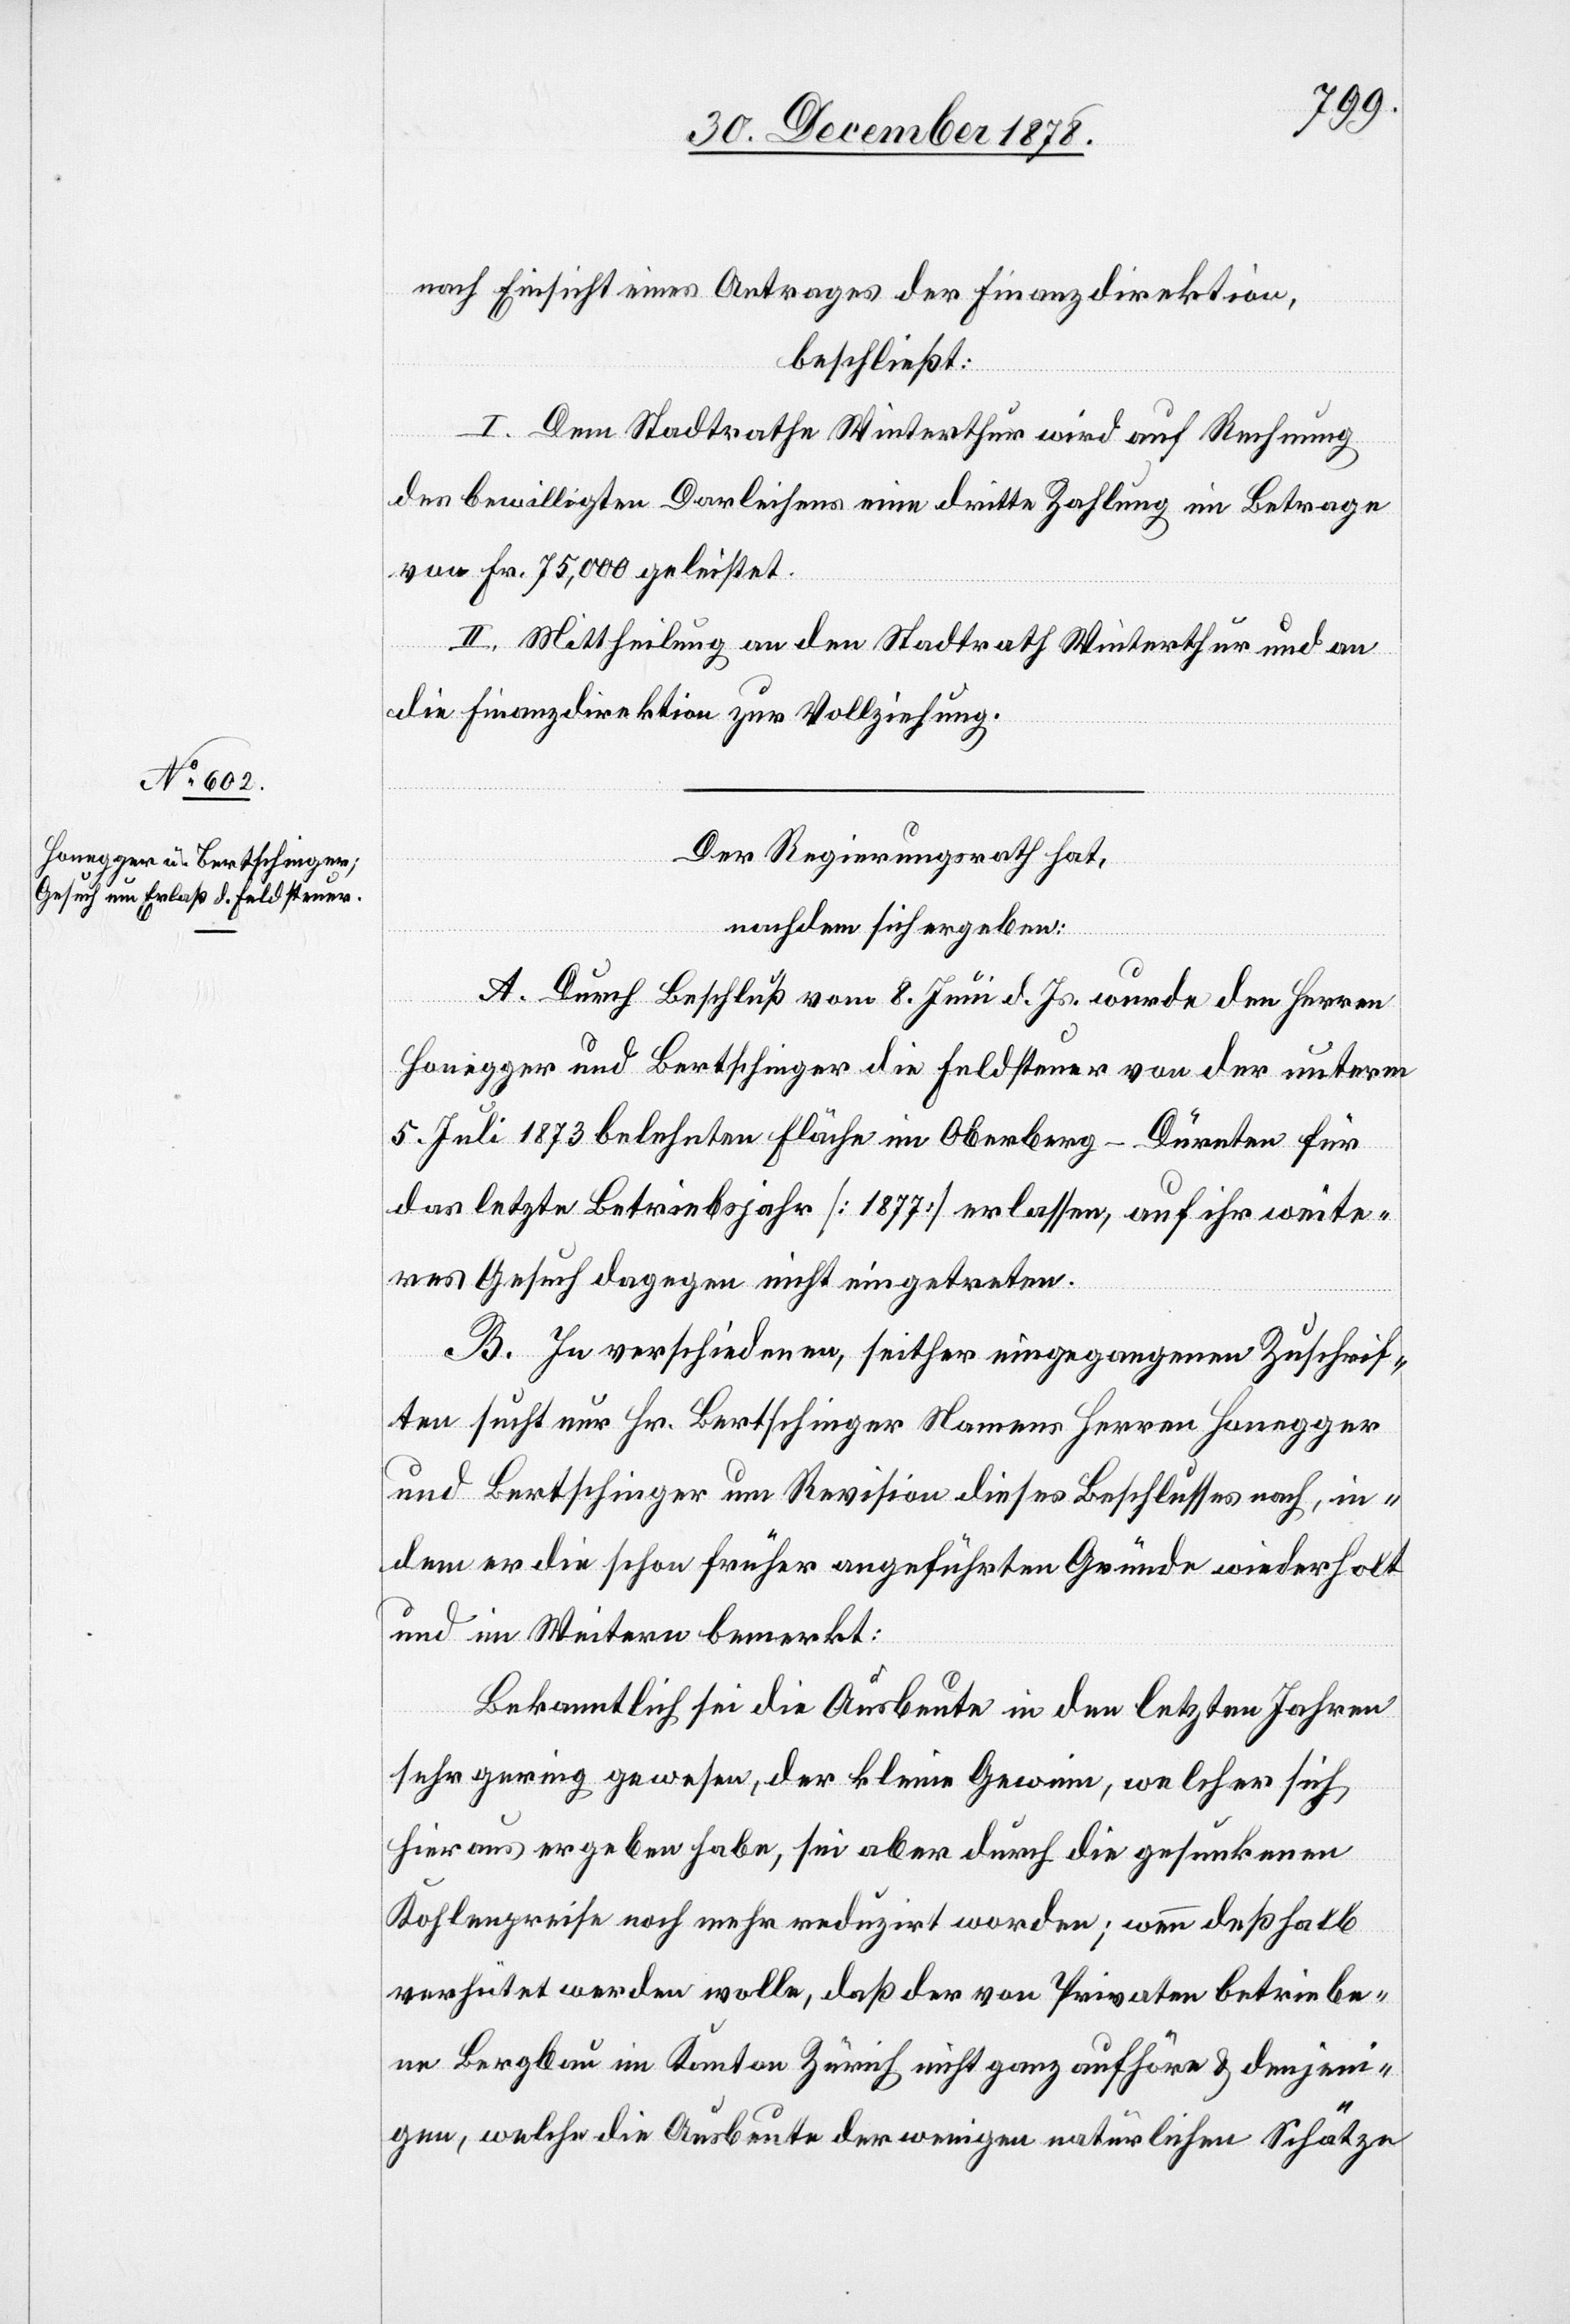
nach Einsicht eines Antrages der Finanzdirektion,
beschließt:
I. Dem Stadtrath Winterthur wird auf Rechnung
des bewilligten Darleihens eine dritte Zahlung im Betrage
von Fr. 75,000 geleistet.
II. Mittheilung an den Stadtrath Winterthur und an
die Finanzdirektion zur Vollziehung.
Der Regierungsrath hat,
nachdem sich ergeben:
A. Durch Beschluß vom 8. Juni d. Js. wurde den Herren
Honegger und Bertschinger die Feldsteuer von der unterm
5. Juli 1873 belehnten Fläche im Oberberg - Dürnten für
das letzte Betriebsjahr [1877] erlassen, auf ihr weite¬
res Gesuch dagegen nicht eingetreten.
B. In verschiedenen, seither eingegangenen Zuschrif¬
ten sucht nur Hr. Bertschinger Namens Herren Honegger
und Bertschinger um Revision dieses Beschlusses nach, in¬
dem er die schon früher angeführten Gründe wiederholt
und im Weitern bemerkt:
Bekanntlich sei die Ausbeute in den letzten Jahren
sehr gering gewesen, der kleine Gewinn, welcher sich
hieraus ergeben habe, sei aber durch die gesunkenen
Kohlenpreise noch mehr reduzirt worden; wenn deßhalb
verhütet werden wolle, daß der von Privaten betriebe¬
ne Bergbau im Kanton Zürich nicht ganz aufhöre & denjeni¬
gen, welche die Ausbeute der wenigen natürlichen Schätze